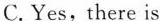
C. Yes,there is